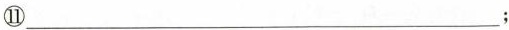
⑪___；